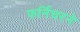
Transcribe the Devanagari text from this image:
फर्निचरने